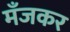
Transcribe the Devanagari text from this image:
मँजकर